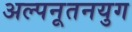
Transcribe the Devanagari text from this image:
अल्पनूतनयुग